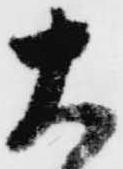
大